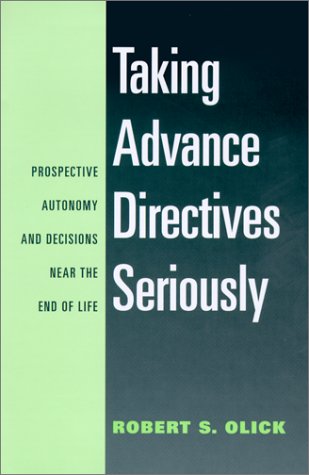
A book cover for Taking Advance Directives Seriously: Prospective Autonomy and Decisions Near the End of Life; Robert S. Olick; Law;